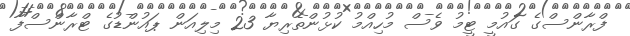
ފްރާންސްގެ ގައުމީ ޓީމު ވެސް މުހިއްމު ކުޅުންތެރިޔާ 23 މިލިއަން ޕައުންޑުގެ ޓްރާންސްފާ